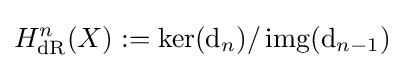
H_{\mathrm {dR} }^{n}(X):=\ker(\mathrm {d} _{n})/\operatorname {img} (\mathrm {d} _{n-1})